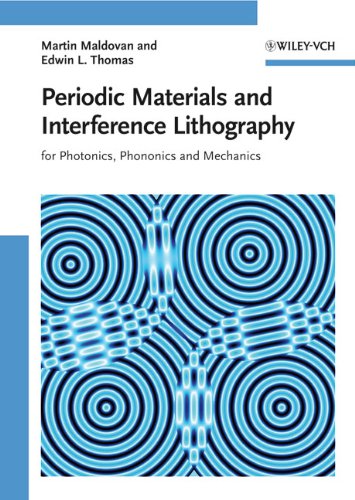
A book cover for Periodic Materials and Interference Lithography: For Photonics, Phononics and Mechanics; Martin Maldovan; Arts & Photography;